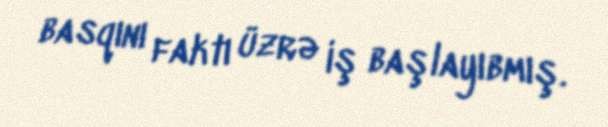
basqını faktı üzrə iş başlayıbmış.